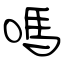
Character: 嗎